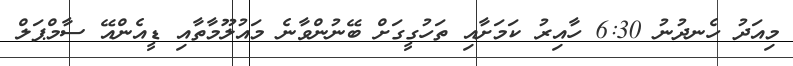
މިއަދު ހެނދުނު 6:30 ހާއިރު ކަމަށާއި ތަހުގީގަށް ބޭނުންވާނެ މައުލޫމާތާއި ޑީއެންއޭ ސާމްޕަލް